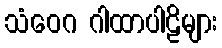
သံဝေဂ ဂါထာပါဠိများ